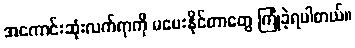
အကောင်းဆုံးလက်ရာကို မပေးနိုင်တာတွေ ကြုံခဲ့ရပါတယ်။